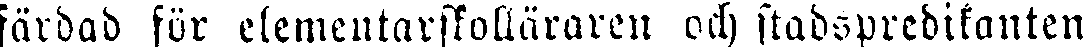
färdad för elementarskolläraren och stadspredikanten